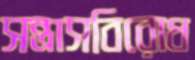
সন্ত্রাসবিরোধ